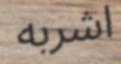
اشربه